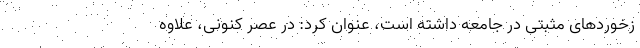
زخوردهای مثبتی در جامعه داشته است، عنوان کرد: در عصر کنونی، علاوه